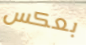
بعكس